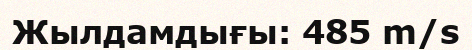
Жылдамдығы: 485 m/s